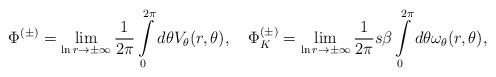
LaTeX: \begin{align*}\Phi^{(\pm)}=\lim_{\ln r\rightarrow\pm\infty}\frac{1}{2\pi}\int\limits_0^{2\pi}d\theta V_\theta(r,\theta),\quad\Phi^{(\pm)}_K=\lim_{\ln r\rightarrow\pm\infty}\frac{1}{2\pi}s\beta\int\limits_0^{2\pi}d\theta \omega_\theta(r,\theta),\end{align*}